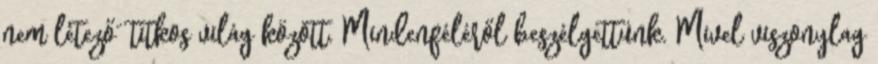
nem létező” titkos világ között. Mindenféléről beszélgettünk. Mivel viszony­lag